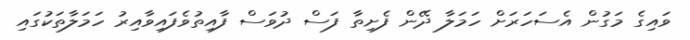
ވައިގެ މަގުން އެސަހަރަށް ހަމަލާ ދޭން ފެށިތާ ފަސް ދުވަސް ފާއިތުވެފައިވާއިރު ހަމަލާތަކުގައި